Annual report of the Punjab Veterinary College and of the Civil Veterinary Department, Punjab - 1909-1919
Year: 1909
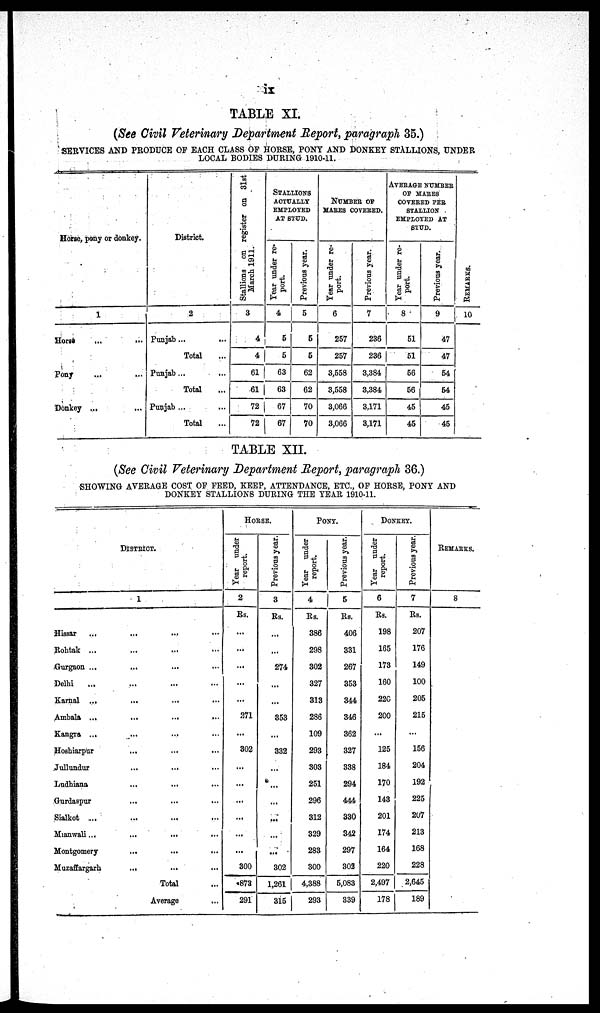
ix
TABLE XI.
(See Civil Veterinary Department Report, paragraph 35.)
SERVICES AND PRODUCE OF EACH CLASS OF HORSE, PONY AND DONKEY STALLIONS, UNDER
LOCAL BODIES DURING 1910-11.
Horse, pony or donkey.
1
Horse
...
...
Pony ... ...
Donkey ... ...
District.
2
Punjab ...
...
Total ...
Punjab ... ...
Total ...
Punjab ...
Total ...
Stallions on register on 31st
March 1911.
3
4
4
61
61
72
72
STALLION
ACTUALLY
EMPLOYED
AT STUD.
Year under re-
port.
4
5
5
63
63
67
67
Previous year.
5
5
5
62
62
70
70
NUMBER OF
MARES COVERED.
Year under re-
port.
6
257
257
3,558
3,558
3,066
3,066
Previous year.
7
236
236
3,384
3,384
3,171
3,171
AVERAGE NUMBER
OF MARES
COVERED PER
STALLION
EMPLOYED AT
STUD.
Year under re-
port.
8
51
51
56
56
45
45
Previous year.
9
47
47
54
54
45
45
REMARKS.
10
TABLE XII.
(See Civil Veterinary Department Report, paragraph 36.)
SHOWING AVERAGE COST OF FEED, KEEP, ATTENDANCE, ETC., OF HORSE, PONY AND
DONKEY STALLIONS DURING THE YEAR 1910-11.
DISTRICT.
1
Hissar ... ... ... ...
Rohtak ... ... ... ...
Gurgaon ... ... ... ...
Delhi
... ... ... ...
Karnal ... ... ... ...
Ambala ...
...
...
...
Kangra ... ... ... ...
Hoshiarpur ... ... ...
Jullundur ... ... ...
Ludhiana ... ... ...
Gurdaspur
...
...
...
Sialkot ... ... ... ...
Mianwali... ... ...
Montgomery
...
...
...
Muzaffargarh
...
...
...
Total ...
Average ...
HORSE.
Year under
report.
2
Rs.
...
...
...
...
...
271
...
302
...
...
...
...
...
...
300
873
291
Previous year.
3
Rs.
...
...
274
...
...
353
...
332
...
...
...
...
...
...
302
1,261
315
PONY.
Year under
report.
4
Rs.
386
298
302
327
313
286
109
293
303
251
296
312
329
283
300
4,388
293
Previous year.
5
Rs.
406
331
267
353
344
346
362
327
338
294
444
330
342
297
302
5,083
339
DONKEY.
Year under
report.
6
Rs.
198
165
173
160
220
200
...
125
184
170
143
201
174
164
220
2,497
178
Previous year.
7
Rs.
207
176
149
100
205
215
...
156
204
192
225
207
213
168
228
2,645
189
REMARKS.
8